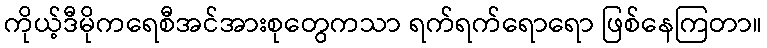
ကိုယ့်ဒီမိုကရေစီအင်အားစုတွေကသာ ရက်ရက်ရောရော ဖြစ်နေကြတာ။